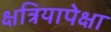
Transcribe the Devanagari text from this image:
क्षत्रियापेक्षा